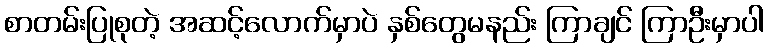
စာတမ်းပြုစုတဲ့ အဆင့်လောက်မှာပဲ နှစ်တွေမနည်း ကြာချင် ကြာဦးမှာပါ